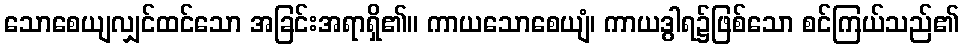
သောစေယျလျှင်ထင်သော အခြင်းအရာရှိ၏။ ကာယသောစေယျံ၊ ကာယဒွါရ၌ဖြစ်သော စင်ကြယ်သည်၏